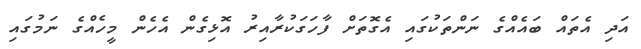
އަދި އެތައް ބައެއްގެ ނަންތަކުގައި އެގޮތަށް ފާހަގަކުރާއިރު އޮޅިގެން އެހެން މީހެއްގެ ނަމުގައި